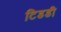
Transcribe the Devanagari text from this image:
टिडडी